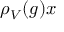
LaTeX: \rho _ { V } ( g ) x